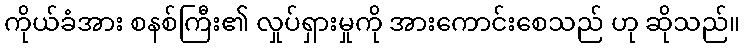
ကိုယ်ခံအား စနစ်ကြီး၏ လှုပ်ရှားမှုကို အားကောင်းစေသည် ဟု ဆိုသည်။